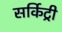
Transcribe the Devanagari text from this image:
सर्किट्री